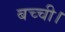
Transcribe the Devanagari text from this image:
बच्ची।